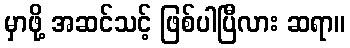
မှာဖို့ အဆင်သင့် ဖြစ်ပါပြီလား ဆရာ။